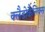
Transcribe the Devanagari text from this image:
क्लैडोकैलिक्स